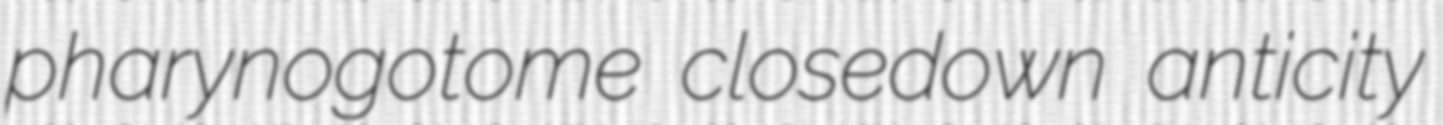
pharynogotome closedown anticity